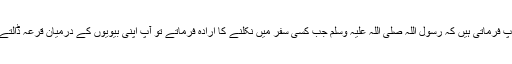
آپؓ فرماتی ہیں کہ رسول اللہ صلی اللہ علیہ وسلم جب کسی سفر میں نکلنے کا ارادہ فرماتے تو آپؐ اپنی بیویوں کے درمیان قرعہ ڈالتے۔